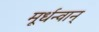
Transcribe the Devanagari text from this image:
मूर्धन्वान्